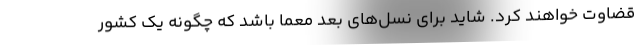
قضاوت خواهند کرد. شاید برای نسل‌های بعد معما باشد که چگونه یک کشور